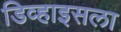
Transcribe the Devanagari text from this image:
डिव्हाइसला